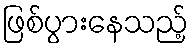
ဖြစ်ပွားနေသည့်